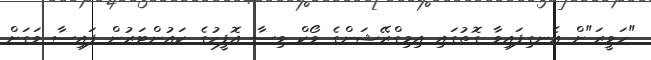
"ހަވީރަ"ށް އެނގިފައިވާ ގޮތުގައި އިމިގްރޭޝަންގެ ވޯކް ވިސާ އޮފީހުގެ ކައުންޓަރުން ފައިސާ ވަގަށް